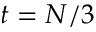
t = N / 3